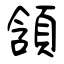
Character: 頷